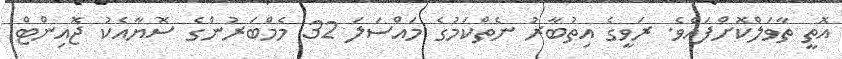
އޮތީ ތާވަލްކޮށްފައެވެ. ރަވީގެ އިތުބާރު ނެތްކަމުގެ މައްސަލަ 32 މެމްބަރުންގެ ސޮޔާއެކު ޖޮއިންޓް